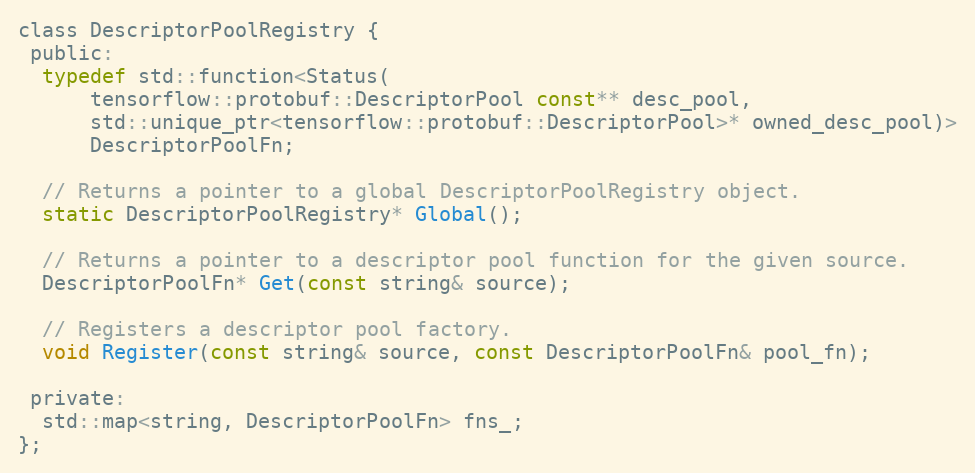
Language: C
class DescriptorPoolRegistry {
 public:
  typedef std::function<Status(
      tensorflow::protobuf::DescriptorPool const** desc_pool,
      std::unique_ptr<tensorflow::protobuf::DescriptorPool>* owned_desc_pool)>
      DescriptorPoolFn;

  // Returns a pointer to a global DescriptorPoolRegistry object.
  static DescriptorPoolRegistry* Global();

  // Returns a pointer to a descriptor pool function for the given source.
  DescriptorPoolFn* Get(const string& source);

  // Registers a descriptor pool factory.
  void Register(const string& source, const DescriptorPoolFn& pool_fn);

 private:
  std::map<string, DescriptorPoolFn> fns_;
};